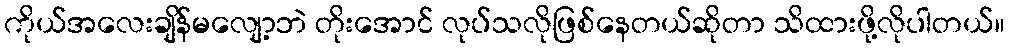
ကိုယ်အလေးချိန်မလျော့ဘဲ တိုးအောင် လုပ်သလိုဖြစ်နေတယ်ဆိုတာ သိထားဖို့လိုပါတယ်။